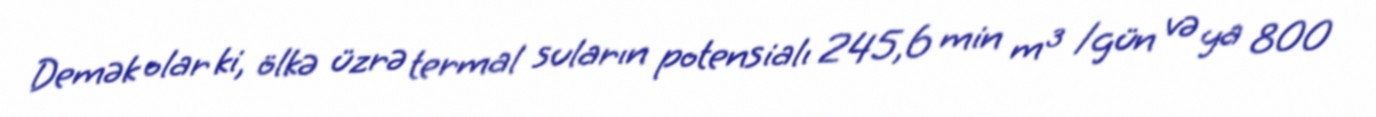
Demək olar ki, ölkə üzrə termal suların potensialı 245,6 min m³ /gün və ya 800